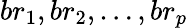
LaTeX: {br_{1},br_{2},\ldots,br_{p}}